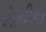
ગોરડીયા